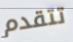
تتقدم